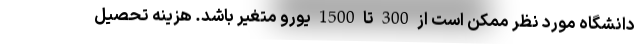
دانشگاه مورد نظر ممکن است از 300 تا 1500 یورو متغیر باشد. هزینه تحصیل